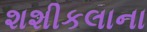
શશીકલાના